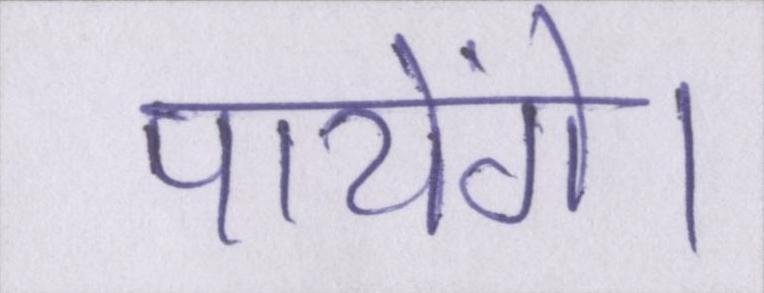
पायेंगे।